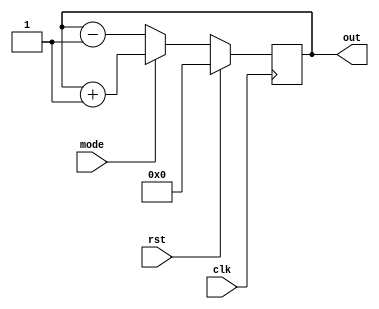
module updown_counter_behavioral_module(clk, rst, mode, out);

    input clk;
	input rst;
	input mode; //1 for up, 0 for down
	
    output [3:0] out;
	reg [3:0] out;

	initial 
		out <= 1'b0;
	
	always @ (posedge clk) 
	begin
		if(rst == 1'b1)
		begin
			out <= 1'b0;
		end
		else
		begin
			if(mode == 1'b1) //up
				out <= out + 1'b1;
			else
				out <= out - 1'b1;
		end		
	end

endmodule